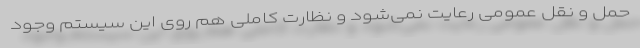
حمل و نقل عمومی رعایت نمی‌شود و نظارت کاملی هم روی این سیستم وجود